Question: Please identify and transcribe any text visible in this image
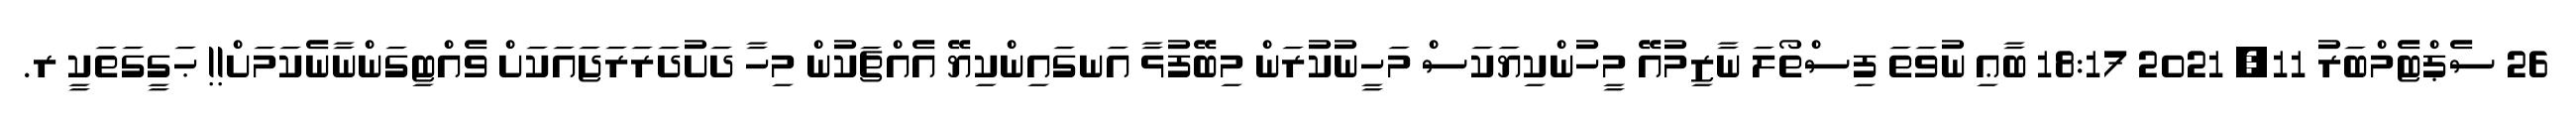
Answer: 26 ސެޕްޓެމްބަރު 11, 2021 18:17 ބާޢި ނުވަތަ ފިސްތޯލަ ނާޒިމުއޭ މީހުންކިޔަކަސް މަހީނުކުރަން މިބޭފުޅާ އަނގައިންކިޔޭ އެއްޗަކުން މިހާ ދަށުދަރަރަޖައަކަށް ވެއްޓިގަންނާނެކަމަށް!! ޙަގީގަތަކީ ރ.